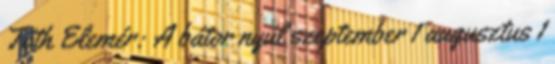
Tóth Elemér: A bátor nyúl szeptember 1 augusztus 1